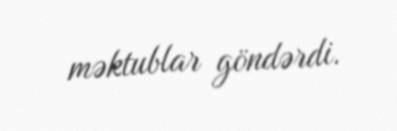
məktublar göndərdi.